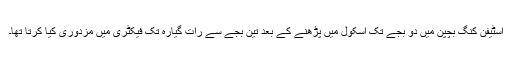
اسٹیفن کنگ بچپن میں دو بجے تک اسکول میں پڑھنے کے بعد تین بجے سے رات گیارہ تک فیکٹری میں مزدوری کیا کرتا تھا۔